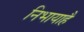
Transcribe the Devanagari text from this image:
निभायाहै